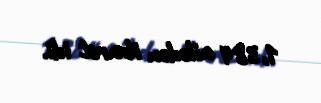
1,384 ailədən ibarət idi.